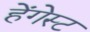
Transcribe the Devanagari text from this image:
हेंगेस्ट